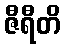
ဇီရီတိ